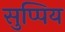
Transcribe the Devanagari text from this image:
सुप्पिय